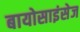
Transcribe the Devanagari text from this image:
बायोसाइंसेज